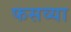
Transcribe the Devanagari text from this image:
फसव्या